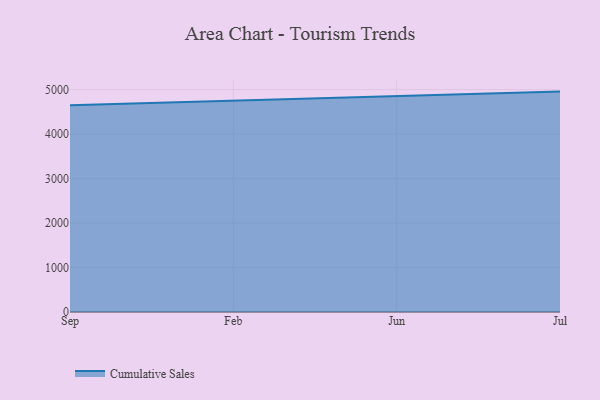
{"axis": {"x": "Month", "y": "Conversion Rate (%)"}, "legend": ["Cumulative Sales"], "data": [{"x": "Sep", "y": 4650.7, "type": "Cumulative Sales"}, {"x": "Feb", "y": 4752.2, "type": "Cumulative Sales"}, {"x": "Jun", "y": 4844.9, "type": "Cumulative Sales"}, {"x": "Jul", "y": 4955.5, "type": "Cumulative Sales"}]}